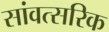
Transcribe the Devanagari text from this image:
सांवत्सरिक